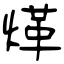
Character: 煂